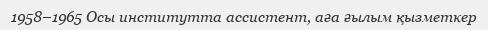
1958–1965 Осы институтта ассистент, аға ғылым қызметкер